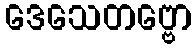
ဒေသေတဗ္ဗော